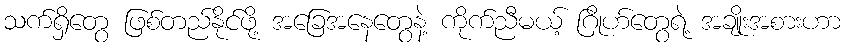
သက်ရှိတွေ ဖြစ်တည်နိုင်ဖို့ အခြေအနေတွေနဲ့ ကိုက်ညီမယ့် ဂြိုဟ်တွေရဲ့ အချိုးအစားဟာ